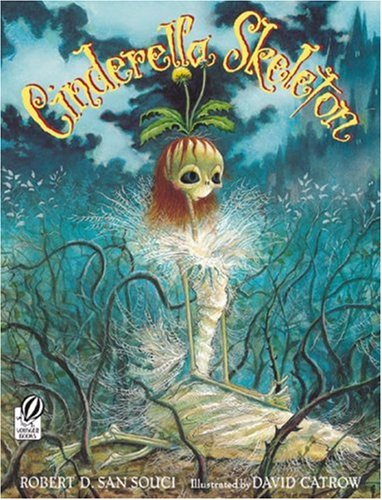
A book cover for Cinderella Skeleton; Robert D. San Souci; Literature & Fiction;